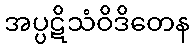
အပ္ပဋိသံဝိဒိတေန